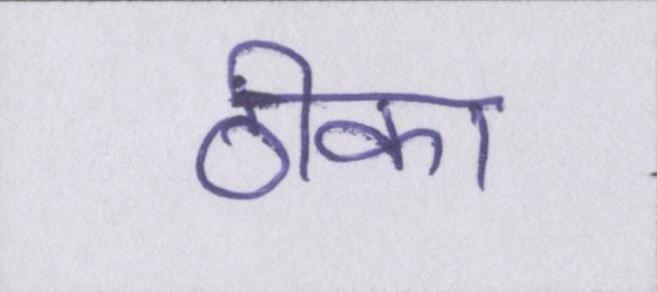
ठीका